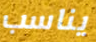
يناسب